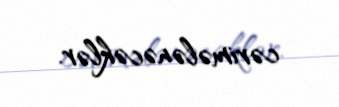
cərimələnəcəklər.